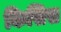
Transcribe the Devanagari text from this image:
किसिस